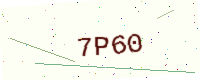
Text: 7P60